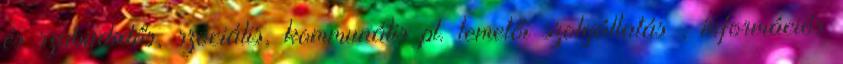
és szabadidős, szociális, kommunális pl. temetői szolgáltatás , információs